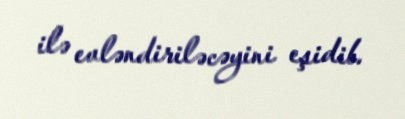
ilə evləndiriləcəyini eşidib.